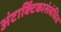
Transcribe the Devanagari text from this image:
अंटार्क्टिकासंबंधित